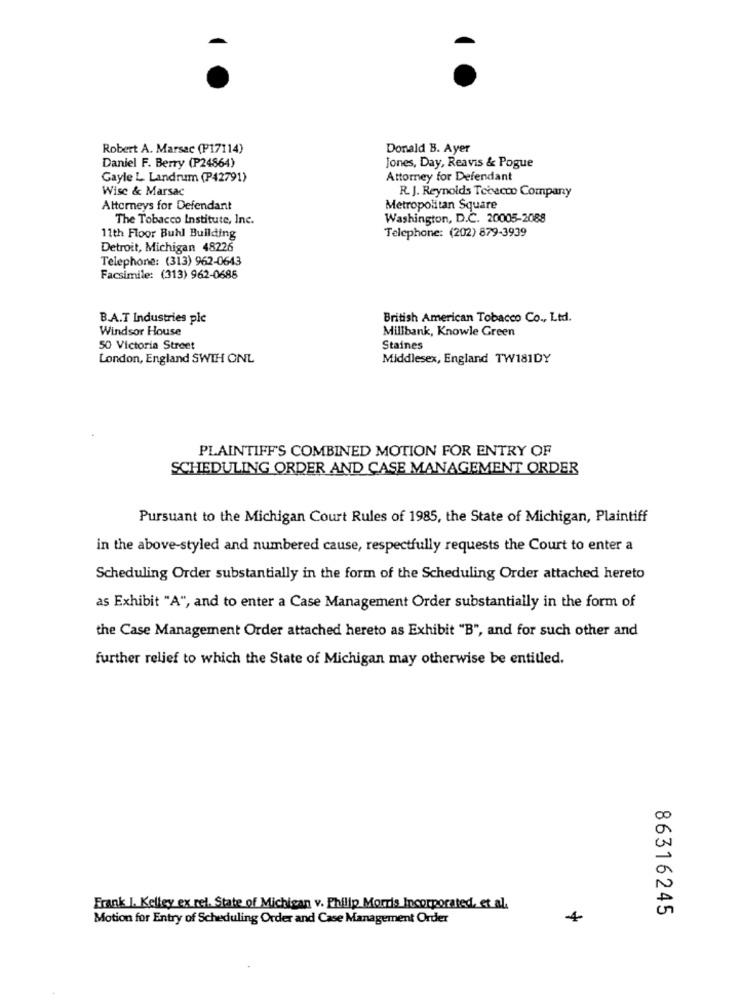
Robert A. Marsac (P17114)
Donald B. Ayer
Daniel F. Berry (P24864)
Jones, Day, Reavis & Pogue
Gayle L. Landrum (P42791)
Attorney for Defendant
Wisc & Marsac
R. J. Reynolds Tobacco Company
Attorneys for Defendant
Metropolitan Square
The Tobacco Institute, Inc.
Washington, D.C. 20005-2088
11th Floor Buhl Building
Telephone: (202) 879-3939
Detroit, Michigan 48226
Telephone: (313) 962-0643
Facsimile: (313) 962-0686
B.A.T Industries ple
British American Tobacco Co ., Ltd.
Windsor House
Millbank, Knowle Green
50 Victoria Street
Staines
London, England SWIH ONL
Middlesex, England TW181DY
PLAINTIFF'S COMBINED MOTION FOR ENTRY OF
SCHEDULING ORDER AND CASE MANAGEMENT ORDER
Pursuant to the Michigan Court Rules of 1985, the State of Michigan, Plaintiff
in the above-styled and numbered cause, respectfully requests the Court to enter a
Scheduling Order substantially in the form of the Scheduling Order attached hereto
as Exhibit "A", and to enter a Case Management Order substantially in the form of
the Case Management Order attached hereto as Exhibit "B", and for such other and
further relief to which the State of Michigan may otherwise be entitled.
Frank I. Kelley ex rel. State of Michigan v. Philip Morris Incorporated, et al.
86316245
Motion for Entry of Scheduling Order and Case Management Order
4